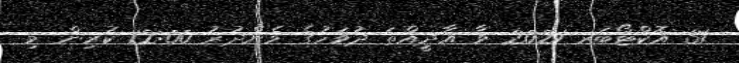
31 އޮކްޓޯބަރ 2021 ވާ އާދީއްތަ ދުވަހުގެ މެންދުރު 12:00 ކުރިން މި